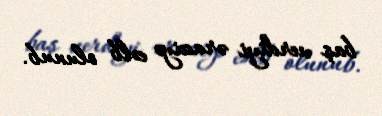
baş verdiyi əraziyə cəlb olunub.